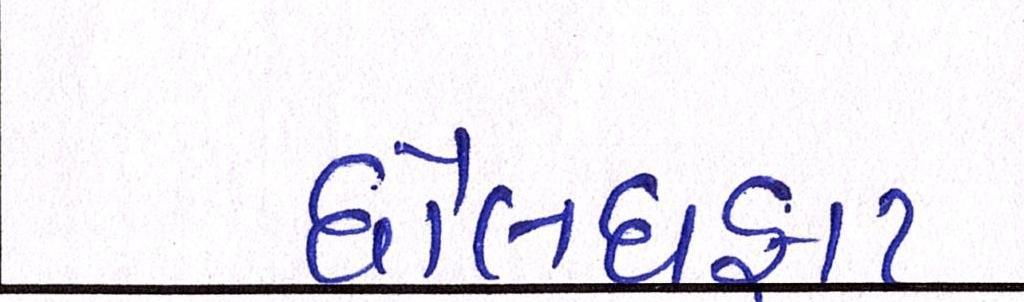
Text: ધોલધફાટ